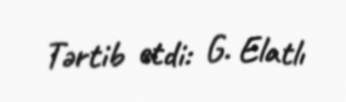
Tərtib etdi: G. Elatlı